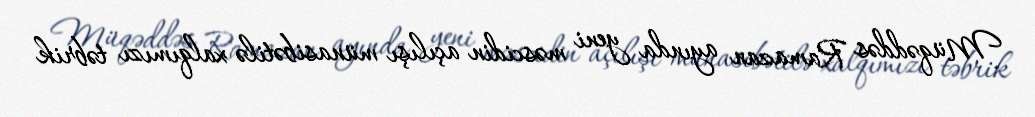
Müqəddəs Ramazan ayında yeni məscidin açılışı münasibətilə xalqımızı təbrik